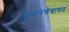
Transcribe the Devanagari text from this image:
सुधारणेबाबत